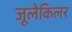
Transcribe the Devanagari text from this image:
जूलेकिलर